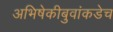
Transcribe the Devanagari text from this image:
अभिषेकीबुवांकडेच